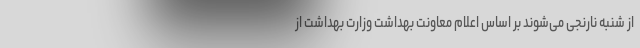
از شنبه نارنجی می‌شوند بر اساس اعلام معاونت بهداشت وزارت بهداشت از